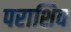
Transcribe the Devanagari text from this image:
पराशिव